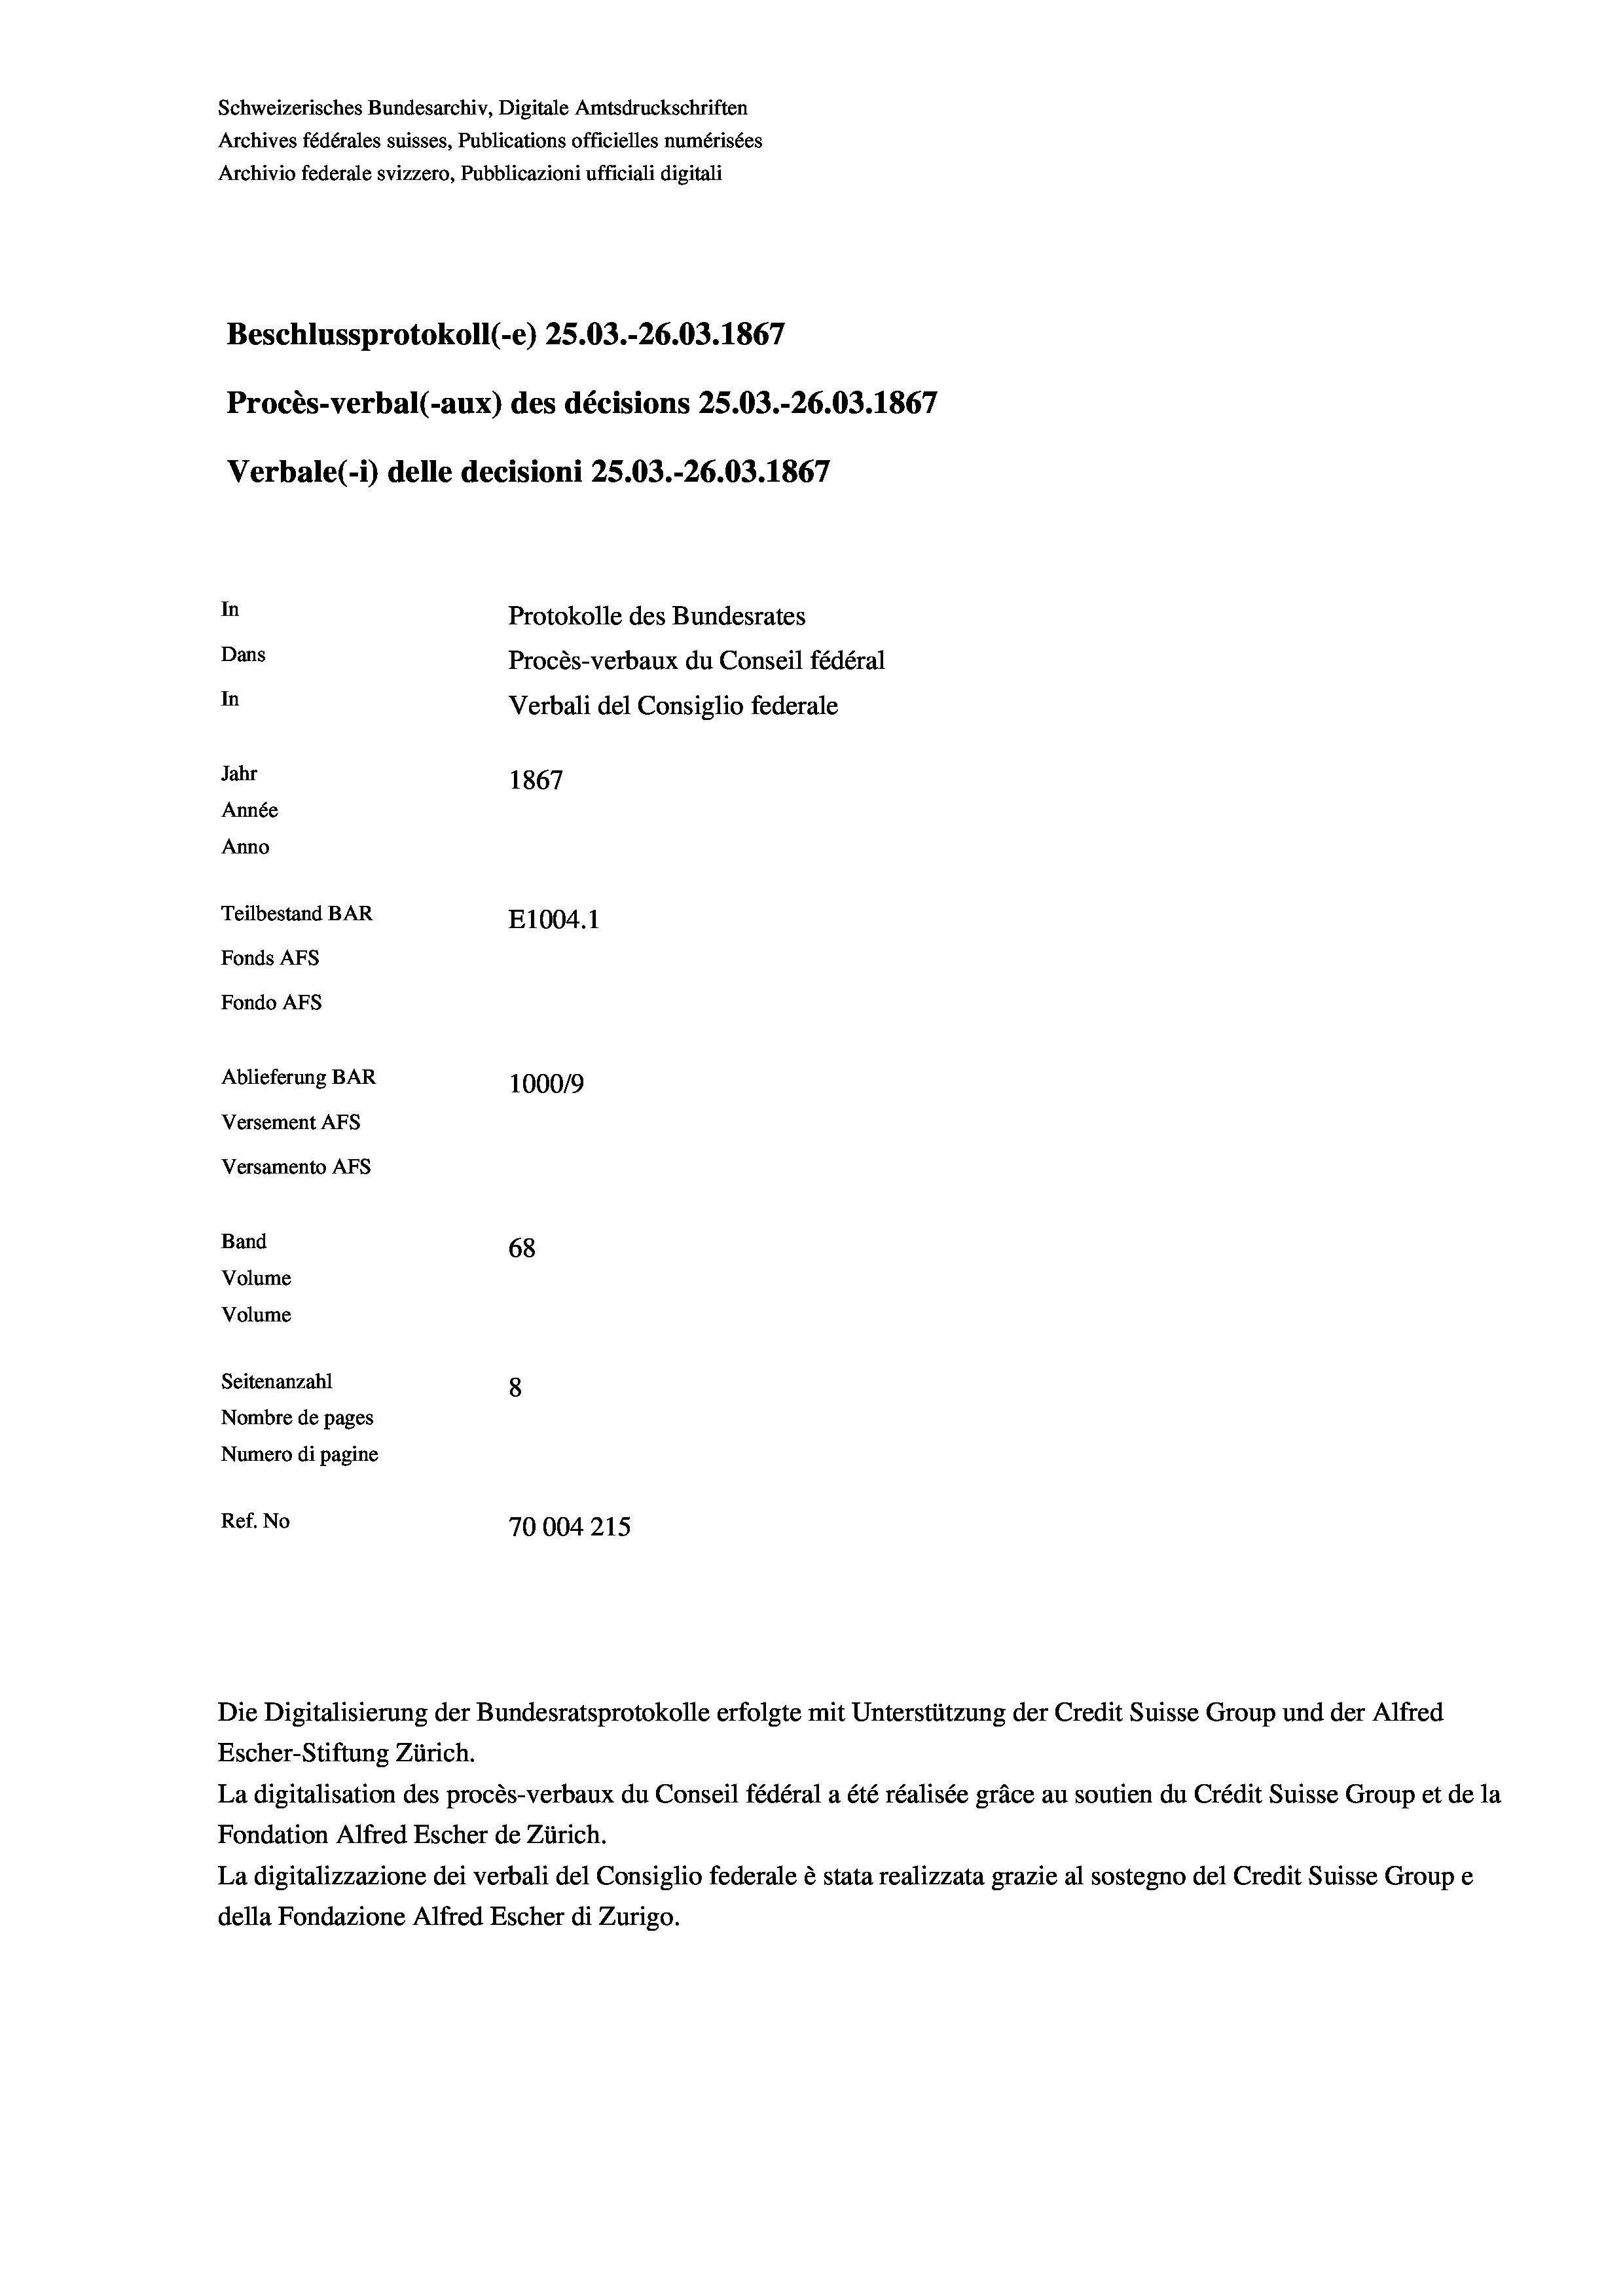
Schweizerisches Bundesarchiv, Digitale Amtsdruckschriften
Archives fédérales suisses, Publications officielles numérisées
Archivio federale svizzero, Pubblicazioni ufficiali digitali
Beschlussprotokoll (-e) 25.03.-26.03. 1867
Procès-verbal (-aux) des décisions 25.03.-26.03. 1867
Verbale(-*) delle decisioni 25.03.-26.03. 1867
In
Protokolle des Bundesrates
Dans
Procès-verbaux du Conseil fédéral
In
Verbali del Consiglio federale
Jahr
1867
Année
Anno
Teilbestand BAR
E1004.1
Fonds AFs
Fondo AFS
Ablieferung BAR
100019
Versement AFs
Versamento AFs
Band
68
Volume
Volume
Seitenanzahl
8
Nombre de pages
Numero di pagine
Ref. No
70004215

Escher-Stiftung Zürich.
La digitalisation des procès-verbaux du Conseil fédéral a été réalisée gräce au soutien du Crédit Suisse Group et de la
Fondation Alfred Escher de Zürich.
La digitalizzazione dei verbali del Consiglio federale è stata realizzata grazie al sostegno del Credit Suisse Groupe
della Fondazione Alfred Escher di Zurigo.

Die Digitalisierung der Bundesratsprotokolle erfolgte mit Unterstützung der Credit Suisse Group und der Alfred